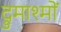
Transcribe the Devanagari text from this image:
द्रुमाश्मों